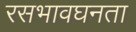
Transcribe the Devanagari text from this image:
रसभावघनता